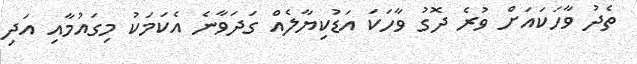
ތެދު ވާހަކައަށް ވުރެ ދޮގު ވާހަކަ އަޑުކިޔާލެއް ގަދަވާނެ އެކަަމަކު މިގައުމާއި އަދި